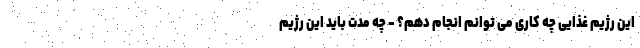
این رژیم غذایی چه کاری می توانم انجام دهم؟ - چه مدت باید این رژیم